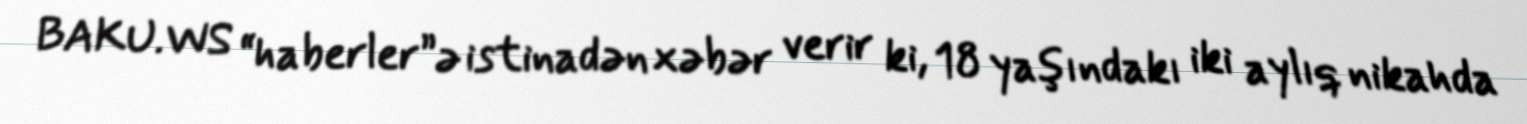
BAKU.WS “haberler”ə istinadən xəbər verir ki, 18 yaşındakı iki aylıq nikahda